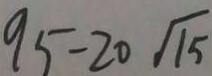
9 5 - 2 0 \sqrt { 1 5 }